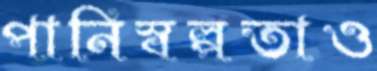
পানিস্বল্পতাও